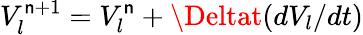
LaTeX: V_{l}^{\mathsf{n}+1}=V_{l}^{\mathsf{n}}+\Deltat(dV_{l}/dt)